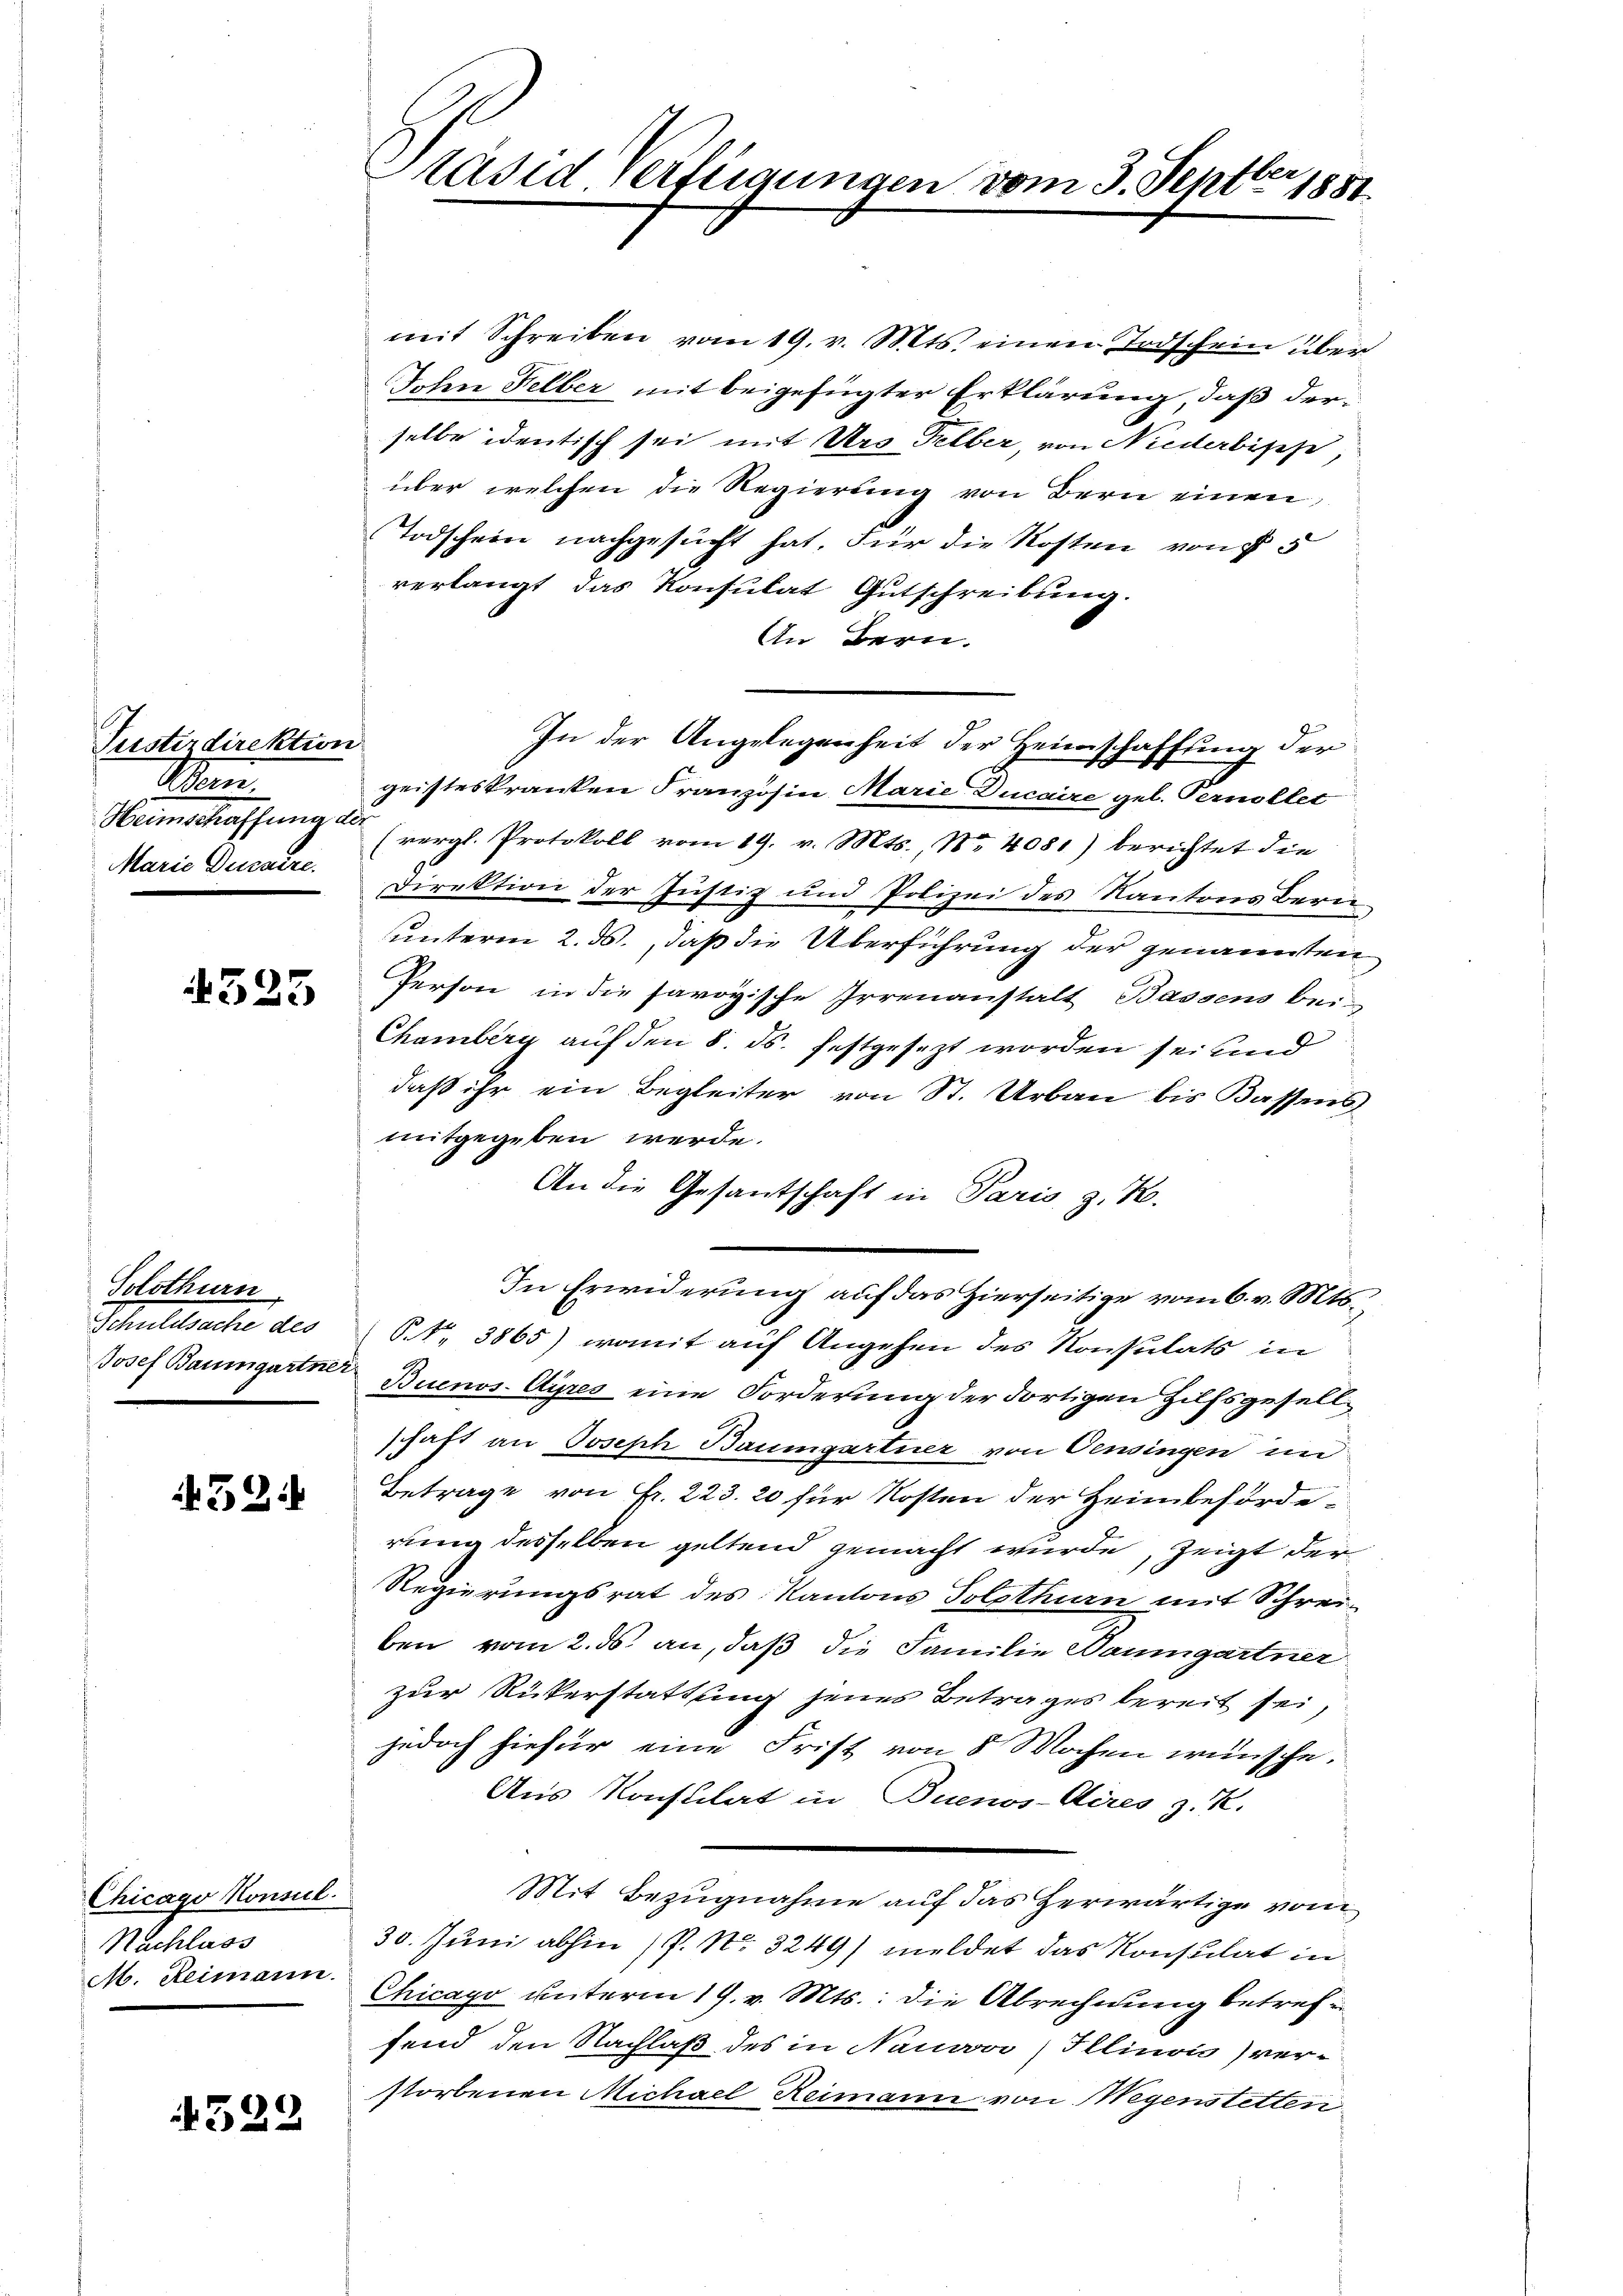
Justizdirektion
Kenn
Marie Decaire.

525

Solothurn
Schuldsache des

524

Chicago Konsul
Nachlass
M. Reimann.

522

äsid verfügungen vom 3. Septbr 1881

mit Schreiben vom 19. v. Mts. einen Todschein über
Johen Felber mit beigefügter Erklärung, daß derselbe identisch sei mit Urs Selber, von Niederbische,
über welchen die Regierung von Bern einen
Todschein nachgesucht hat. Für die Kosten von § 5
verlangt das Konsulat Gutschreibung.
An Bern.
In der Angelegenheit der Heimschaffung der
geisteskranken Franzosen Marie Ducaire gel. Pernollet
Heimschaffŭng (vergl. Protokoll vom 19. v. Mts., No 4081) berichtet die
Direktion der Justiz und Polizei des Kantons Bereiunterm 2. ds., daß die Überführung der genannten
Person in die savoyische Irrenanstalt Bassens bei-
Chamberg auf den 8. ds. festgesezt worden sei und
daß ihr ein Begleiter von St. Urbau bis Bassens
mitgegeben werde.
An die Gesantschaft in Paris z. K.
In Erwiderung auf das Hierseitige vom 6. v. Mts.,
§. 3865) womit auf Angehen des Konsulats in
Josef Baumgartner Buenos-Ayres eine Forderung der dortigen Hilfsgesellschaft an Joseph Baumgartner von Censingen un
Betrage von Fr. 223. 20 für Kosten der Heimbehörderung desselben geltend gemacht wurde, zeigt der
Regierungsrat des Kantons Tolpthan mit Schrei-
ben vom 2. ds. an, daß die Familie Baumgartner
zur Rükerstattung jenes Betrages bereit sei,
jedoch hiefür eine Frist von 8 Wochen wünsche.
Aus Konstilat in Buenos-Aires z. R.
Mit Bezugnahme auf das herwärtige vom
30. Juni abhin (P. Nr. 3249) meldet das Konsulat in
Chicago unterm 19. v. Mts.: die Abrechnung betreffend den Nachlaß des in Nauvor Illinoić) ver-
storbenen Michael Reimann von Wegenstetten.